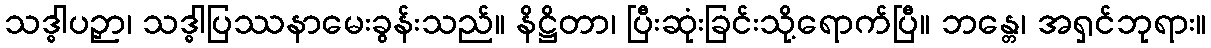
သဒ္ဓါပဉှာ၊ သဒ္ဓါပြဿနာမေးခွန်းသည်။ နိဋ္ဌိတာ၊ ပြီးဆုံးခြင်းသို့ရောက်ပြီ။ ဘန္တေ၊ အရှင်ဘုရား။